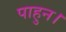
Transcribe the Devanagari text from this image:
पाहुन।